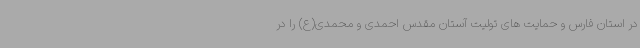
در استان فارس و حمایت های تولیت آستان مقدس احمدی و محمدی(ع) را در